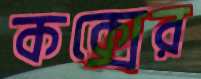
কক্সের